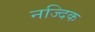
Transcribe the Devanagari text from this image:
नज्दिक